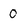
Character: 0